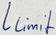
Text: Llimit